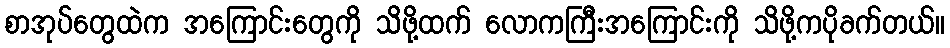
စာအုပ်တွေထဲက အကြောင်းတွေကို သိဖို့ထက် လောကကြီးအကြောင်းကို သိဖို့ကပိုခက်တယ်။